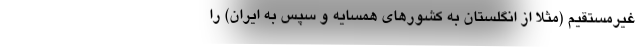
غیرمستقیم (مثلاً از انگلستان به کشورهای همسایه و سپس به ایران) را